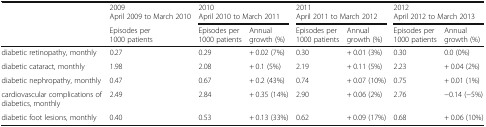
<table><thead><tr><td rowspan="2"></td><td><b>2009April 2009 to March 2010</b></td><td colspan="2"><b>2010April 2010 to March 2011</b></td><td colspan="2"><b>2011April 2011 to March 2012</b></td><td colspan="2"><b>2012April 2012 to March 2013</b></td></tr><tr><td><b>Episodes per 1000 patients</b></td><td><b>Episodes per 1000 patients</b></td><td><b>Annual growth (%)</b></td><td><b>Episodes per 1000 patients</b></td><td><b>Annual growth (%)</b></td><td><b>Episodes per 1000 patients</b></td><td><b>Annual growth (%)</b></td></tr></thead><tbody><tr><td>diabetic retinopathy, monthly</td><td>0.27</td><td>0.29</td><td>+ 0.02 (7%)</td><td>0.30</td><td>+ 0.01 (3%)</td><td>0.30</td><td>0.0 (0%)</td></tr><tr><td>diabetic cataract, monthly</td><td>1.98</td><td>2.08</td><td>+ 0.1 (5%)</td><td>2.19</td><td>+ 0.11 (5%)</td><td>2.23</td><td>+ 0.04 (2%)</td></tr><tr><td>diabetic nephropathy, monthly</td><td>0.47</td><td>0.67</td><td>+ 0.2 (43%)</td><td>0.74</td><td>+ 0.07 (10%)</td><td>0.75</td><td>+ 0.01 (1%)</td></tr><tr><td>cardiovascular complications of diabetics, monthly</td><td>2.49</td><td>2.84</td><td>+ 0.35 (14%)</td><td>2.90</td><td>+ 0.06 (2%)</td><td>2.76</td><td>−0.14 (−5%)</td></tr><tr><td>diabetic foot lesions, monthly</td><td>0.40</td><td>0.53</td><td>+ 0.13 (33%)</td><td>0.62</td><td>+ 0.09 (17%)</td><td>0.68</td><td>+ 0.06 (10%)</td></tr></tbody></table>